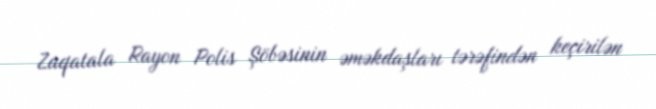
Zaqatala Rayon Polis Şöbəsinin əməkdaşları tərəfindən keçirilən